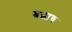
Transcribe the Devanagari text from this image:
श्रद्धाच